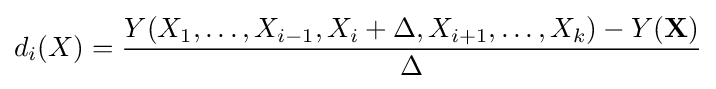
d_{i}(X)={\frac {Y(X_{1},\ldots ,X_{i-1},X_{i}+\Delta ,X_{i+1},\ldots ,X_{k})-Y(\mathbf {X} )}{\Delta }}